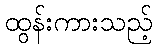
ထွန်းကားသည့်